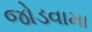
જોડવામા